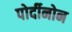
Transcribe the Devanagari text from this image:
पोर्दीनोन